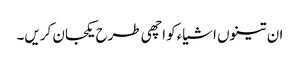
ان تینوں اشیاءکو اچھی طرح یکجان کریں۔